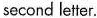
second letfer.